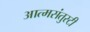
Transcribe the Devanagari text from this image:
आत्मसंतुस्टी